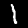
Digit: 1